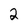
Character: 2